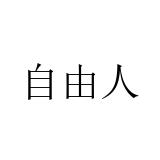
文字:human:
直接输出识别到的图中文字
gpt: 自由人